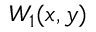
W _ { 1 } ( x , y )